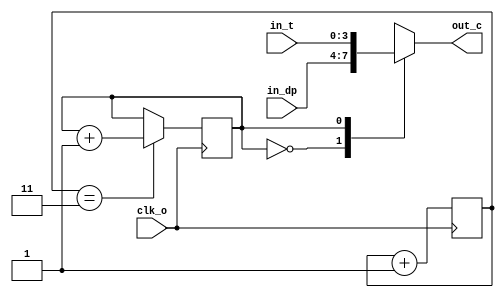
module out_chooser(clk_o,in_t,in_dp,out_c);
	input [3:0] in_t,in_dp;
	input clk_o;
	output reg [3:0]out_c;
	reg [1:0]count;
	reg state;
	always @ (posedge clk_o)begin
		count <= count + 2'd1;
		if(count == 2'd3)begin
			state <= state + 1'd1;
		end
	end
	
	always @ (state or in_dp or in_t)begin
		case(state)
			2'd0:out_c = in_dp;
			2'd1:out_c = in_t;
			default:out_c = in_dp;
		endcase
	end
endmodule